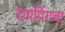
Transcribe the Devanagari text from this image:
टायपिंगचा